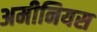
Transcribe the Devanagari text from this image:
अमीनियस